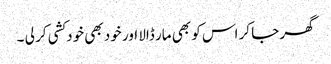
گھر جا کر اس کو بھی مار ڈالا اور خود بھی خودکشی کر لی ۔